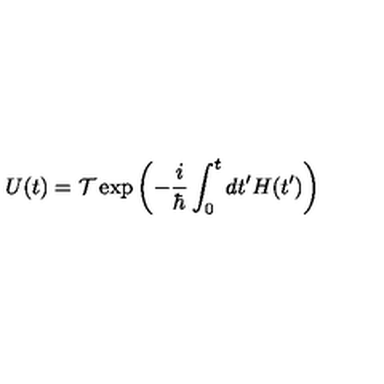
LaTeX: U ( t ) = { \cal T } \exp { \left( - \frac { i } { \hbar } \int _ { 0 } ^ { t } d t ^ { \prime } H ( t ^ { \prime } ) \right) }